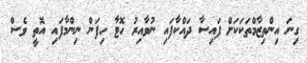
ގިނަ އިންތިޒާމްތަކަކަށް ފައިސާ ދައްކާފައި ނުވާއިރު ހޮޓާ ހިފަން ނިންމާފައި އޮތީ ވެސް